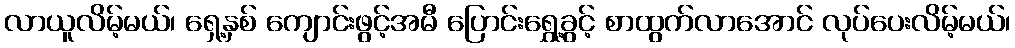
လာယူလိမ့်မယ်၊ ရှေ့နှစ် ကျောင်းဖွင့်အမီ ပြောင်းရွှေ့ခွင့် စာထွက်လာအောင် လုပ်ပေးလိမ့်မယ်၊